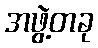
အဖွဲ့တခု